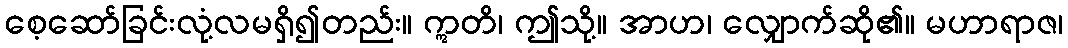
စေ့ဆော်ခြင်းလုံ့လမရှိ၍တည်း။ ဣတိ၊ ဤသို့။ အာဟ၊ လျှောက်ဆို၏။ မဟာရာဇ၊